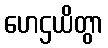
ဟေဌယိတွာ